Indian journal of veterinary science and animal husbandry - Volume 3,
Year: 1933
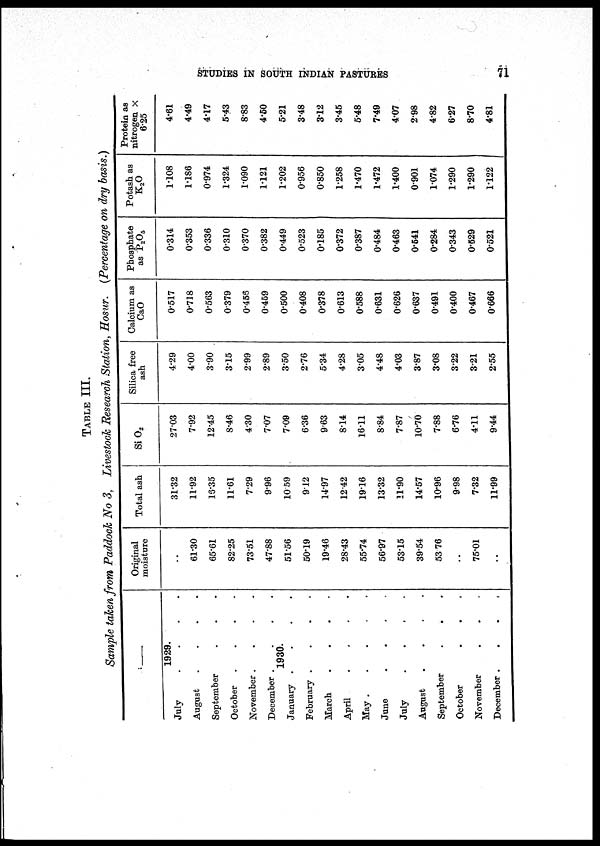
STUDIES IN SOUTH INDIAN PASTURES
71
TABLE III.
Sample taken from Paddock No 3, Livestock Research Station, Hosur. (Percentage on dry basis.)
—
1929.
July . . . .
August . . . .
September . . .
October . . . .
November . . . .
December . . . .
1930.
January . . . .
February . . . .
March . . . .
April . . . .
May . . . . .
June . . . .
July . . . .
August . . . .
September
.
.
.
October . . .
November . . .
December . . . .
Original
moisture
61.30
65.61
82.25
73.51
47.88
51.56
50.19
19.46
28.43
55.74
56.97
53.15
39.54
53.76
..
75.01
..
Total ash
31.32
11.92
16.35
11.61
7.29
9.96
10.59
9.12
14.97
12.42
19.16
13.32
11.90
14.57
10.96
9.98
7.32
11.99
Si O 2
27.03
7.92
12.45
8.46
4 30
7.07
7.09
6.36
9.63
8.14
16.11
8.84
7.87
10.70
7.88
6.76
4.11
9.44
Silica free
ash
4.29
4.00
3.90
3.15
2.99
2.89
3.50
2.76
5.34
4.28
3.05
4.48
4.03
3.87
3.08
3.22
3.21
2.55
Calcium as
CaO
0.517
0.718
0.563
0379
0.456
0.459
0.500
0.408
0.378
0.613
0.588
0.631
0.626
0.637
0.491
0.400
0.467
0.666
Phosphate
as P 2 O 5
0.314
0.353
0.336
0.310
0.370
0.382
0.449
0.523
0.185
0.372
0.387
0.484
0.463
0.541
0.284
0.343
0.529
0.521
Potash as
K 2 O
1.108
1.186
0.974
1.324
1.090
1.121
1.202
0.956
0.850
1.258
1.470
1.472
1.400
0.901
1.074
1.290
1.290
1.122
Protein as
nitrogen x
6.25
4.61
4.49
4.17
5.43
8.83
4.50
5.21
3.48
3.12
3.45
5.48
7.49
4.07
2.98
4.82
6.27
8.70
4.81